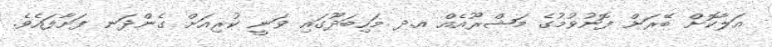
އަލާކޮށް ބޭރަށް ފޮނުވުމުގެ މަޝްރޫއެއް އ.ދ މަހިބަދޫގައި ވަނީ ކުރިއަށް ގެންދަނ ފަށާފައެވެ.